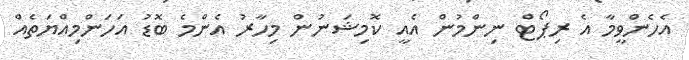
އެހެންވީމާ އެ ރިޕޯޓް ނިންމުން އެއީ ކޮމިޝަނުން މިހާރު އެންމެ ބޮޑު އަހަންމިއްޔަތެއް